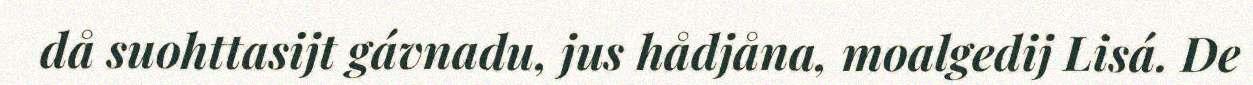
då suohttasijt gávnadu, jus hådjåna, moalgedij Lisá. De